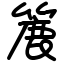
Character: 簏